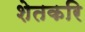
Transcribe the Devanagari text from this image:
शेतकरि